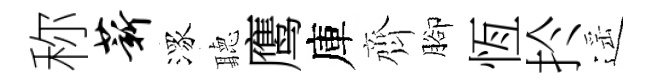
称薪潈聽鹰庫齊腳恆扵遥